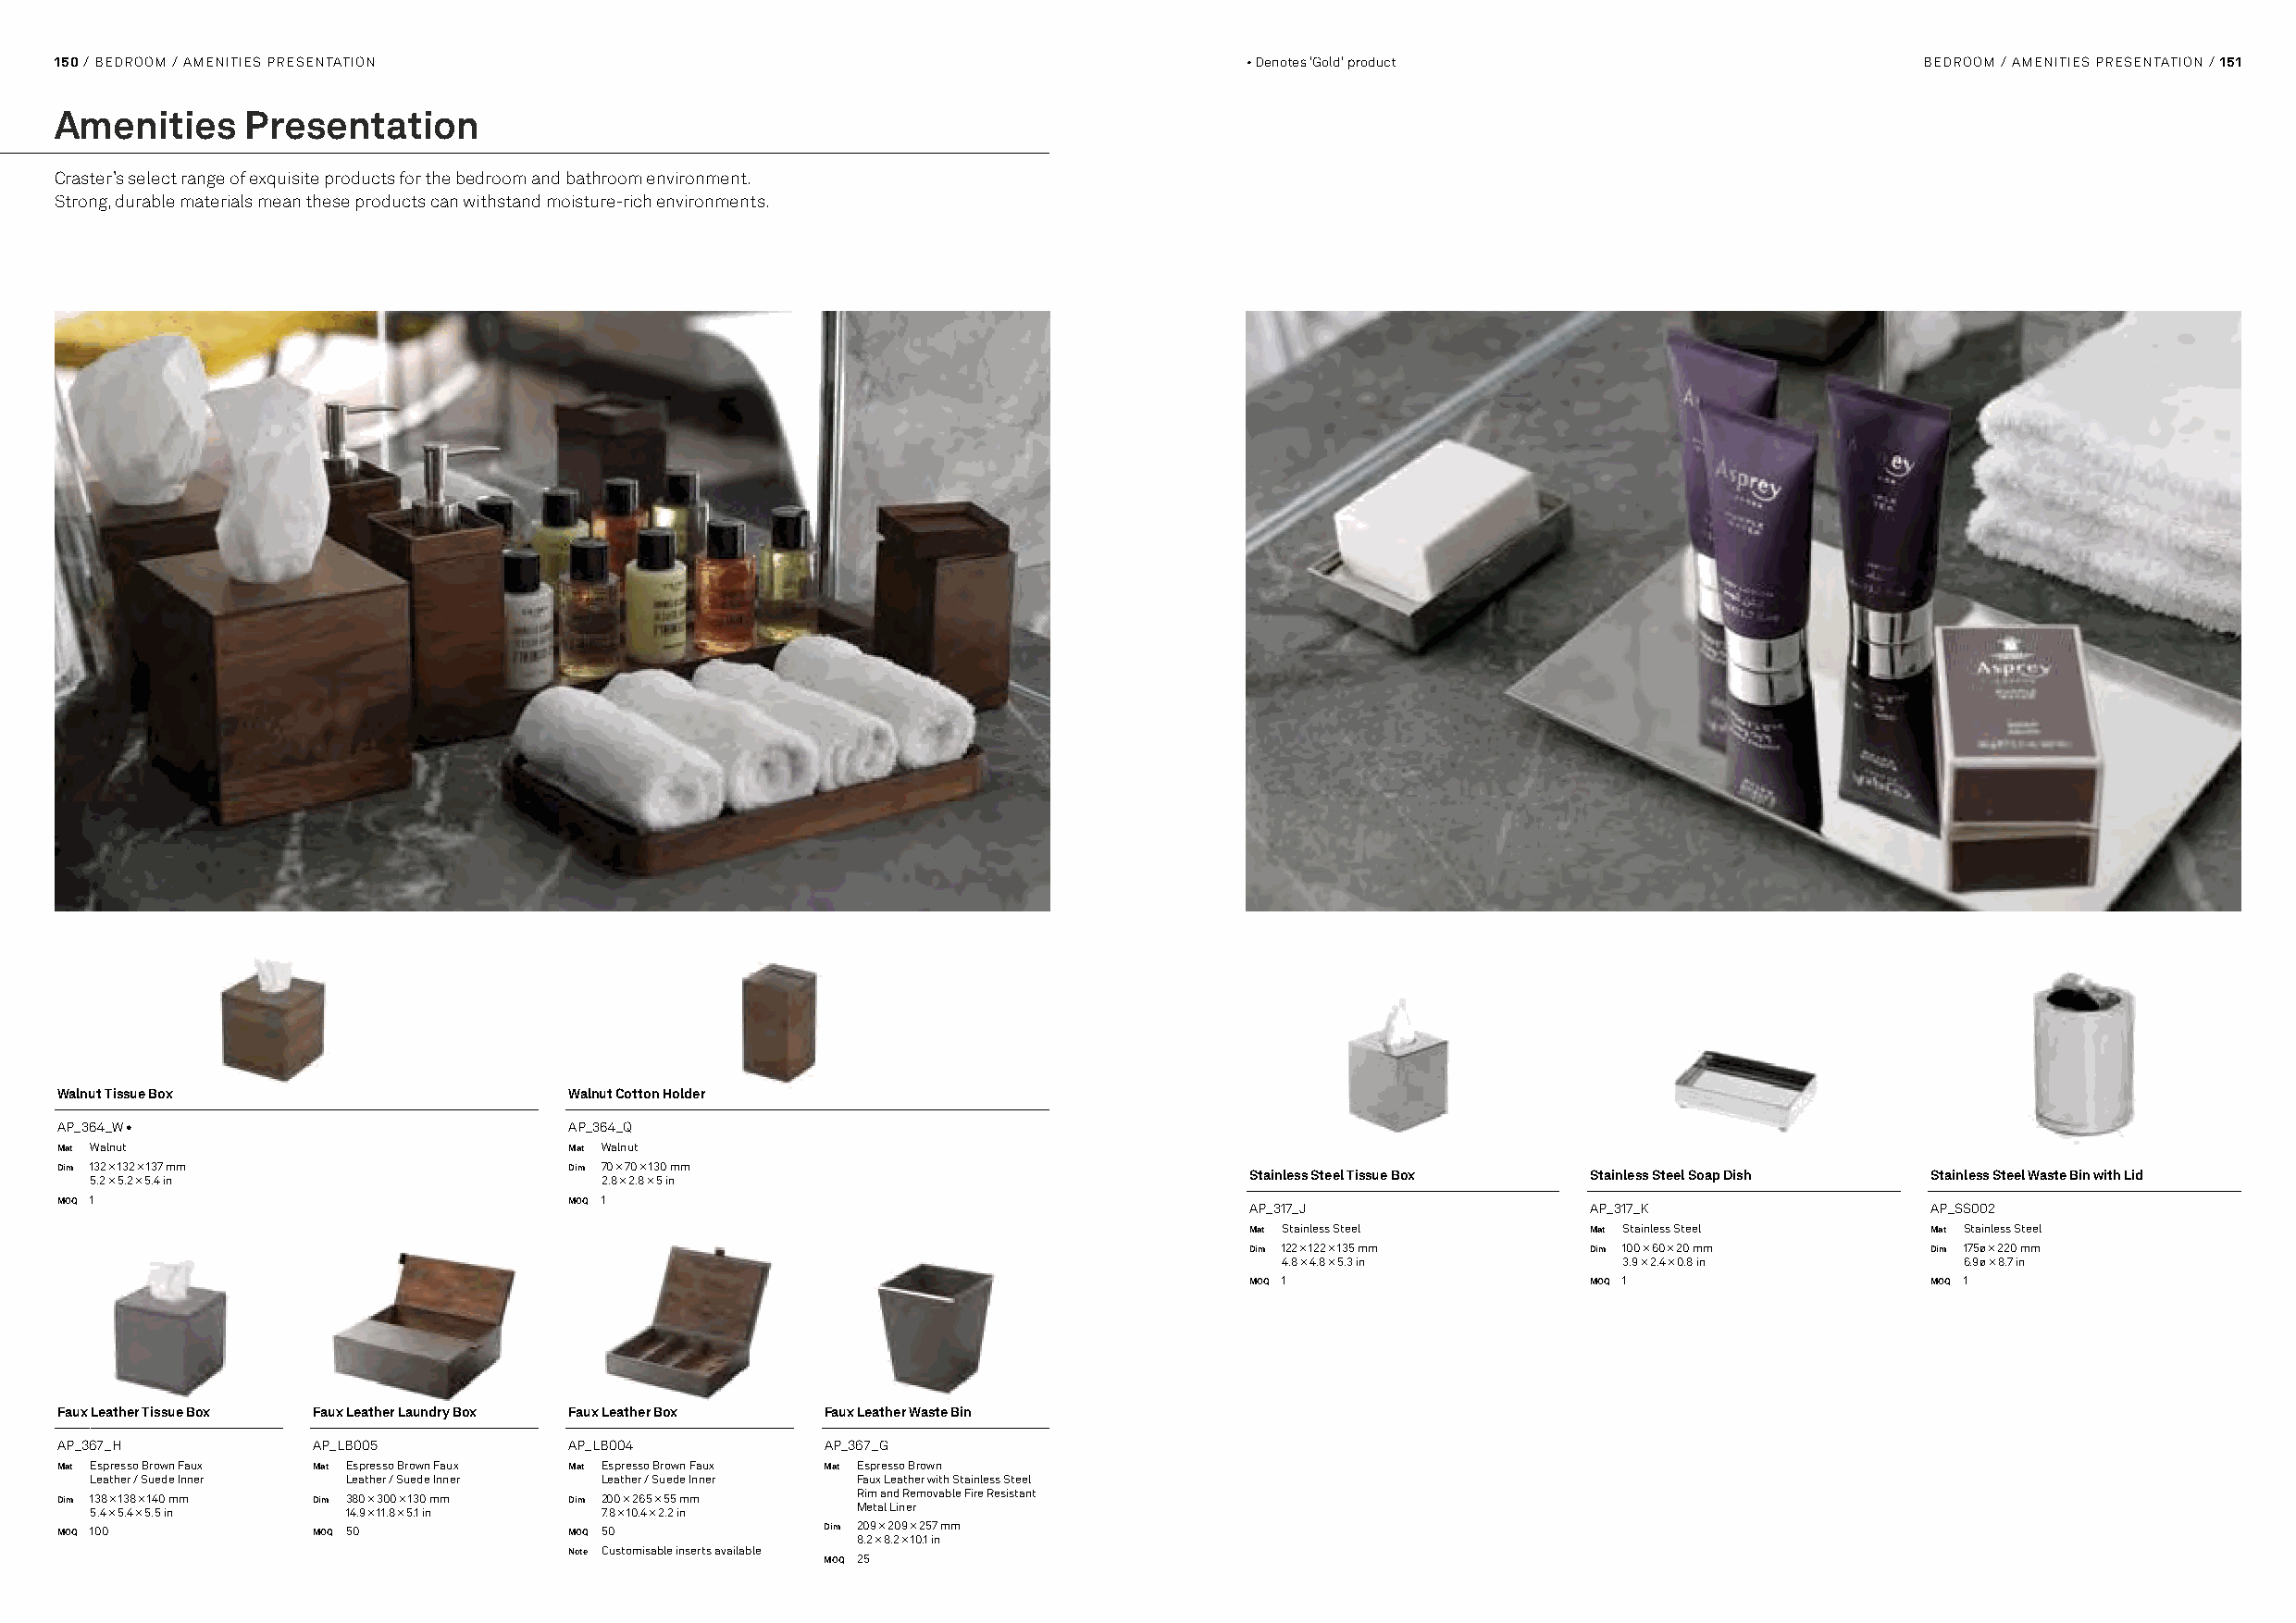
150 / BEDROOM / AMENITIES PRESENTATION                                               • Denotes 'Gold' product                         BEDROOM / AMENITIES PRESENTATION / 151
 Amenities     Presentation
 Craster’s select range of exquisite products for the bedroom and bathroom environment.
 Strong, durable materials mean these products can withstand moisture-rich environments.
 Walnut Tissue Box                    Walnut Cotton Holder
 AP_364_W •                           AP_364_Q
 Mat Walnut                           Mat Walnut
 Dim 132 × 132 × 137 mm               Dim 70 × 70 × 130 mm                            Stainless Steel Tissue Box Stainless Steel Soap Dish Stainless Steel Waste Bin with Lid
 5.2 × 5.2 × 5.4 in                   2.8 × 2.8 × 5 in
 MOQ 1                                MOQ 1
 AP_317_J                 AP_317_K                AP_SS002
 Mat Stainless Steel      Mat Stainless Steel     Mat Stainless Steel
 Dim 122 × 122 × 135 mm   Dim 100 × 60 × 20 mm    Dim 175ø × 220 mm
 4.8 × 4.8 × 5.3 in      3.9 × 2.4 × 0.8 in      6.9ø × 8.7 in
 MOQ 1                    MOQ 1                   MOQ 1
 Faux Leather Tissue Box Faux Leather Laundry Box Faux Leather Box Faux Leather Waste Bin
 AP_367_H          AP_LB005           AP_LB004          AP_367_G
 Mat Espresso Brown Faux Mat Espresso Brown Faux Mat Espresso Brown Faux Mat Espresso Brown
 Leather / Suede Inner Leather / Suede Inner Leather / Suede Inner Faux Leather with Stainless Steel
 Dim 138 × 138 × 140 mm Dim 380 × 300 × 130 mm Dim 200 × 265 × 55 mm Rim and Removable Fire Resistant
 5.4 × 5.4 × 5.5 in 14.9 × 11.8 × 5.1 in 7.8 × 10.4 × 2.2 in Metal Liner
 MOQ 100           MOQ 50             MOQ 50            Dim 209 × 209 × 257 mm
 8.2 × 8.2 × 10.1 in
 Note Customisable inserts available
 MOQ 25